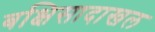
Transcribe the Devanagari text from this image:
बक्षिसादाखल